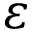
\varepsilon